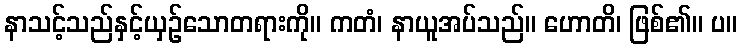
နာသင့်သည်နှင့်ယှဉ်သောတရားကို။ ကတံ၊ နာယူအပ်သည်။ ဟောတိ၊ ဖြစ်၏။ ပ။